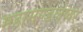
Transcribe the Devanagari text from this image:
महामण्डलेष्वर